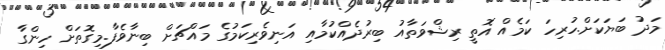
މަދު ބަޔަކަށް.ހުރިހަަ ކަމެއް އޮތީ ރިޝްވަތާއު ބިރުދެެއްކުމާއި އަނިވެރިކަމުގެ މައްޗަށް ބިނާވެފާ.މިގޮތަށް ހިންގާ